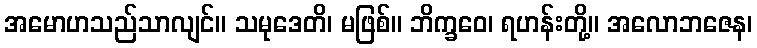
အမောဟသည်သာလျင်။ သမုဒေတိ၊ မဖြစ်။ ဘိက္ခဝေ၊ ရဟန်းတို့။ အလောဘဇေန၊